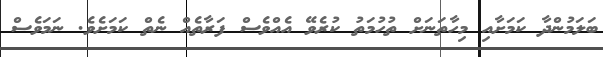
ބަލަމުންދާ ކަމަށާއި މިހާތަނަށް ތުހުމަތު ކުރެވޭ އެއްވެސް ފަރާތެއް ނެތް ކަމަށެވެ. ނަމަވެސް